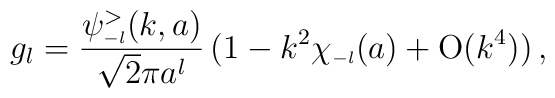
g_l=\frac{ \psi_{\scriptscriptstyle{-l}}^>(k,a)}{\sqrt 2 \pi a^l}\,(1 - k^2 \chi_{\scriptscriptstyle{-l}}(a) +  \mbox{O} (k^4))\,,